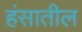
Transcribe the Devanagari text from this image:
हंसातील